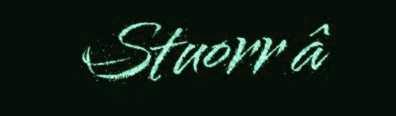
Stuorr â